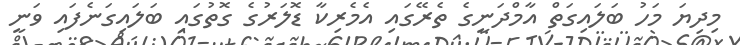
މިދިޔަ މަހު ބަލައިގަތް އާމްދަނީގެ ތެރޭގައި އެމެރިކާ ޑޮލަރުގެ ގޮތުގައި ބަލައިގަނެފައި ވަނީ